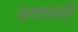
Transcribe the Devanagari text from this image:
वाटणारही